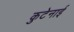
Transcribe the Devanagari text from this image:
कुटेनाई